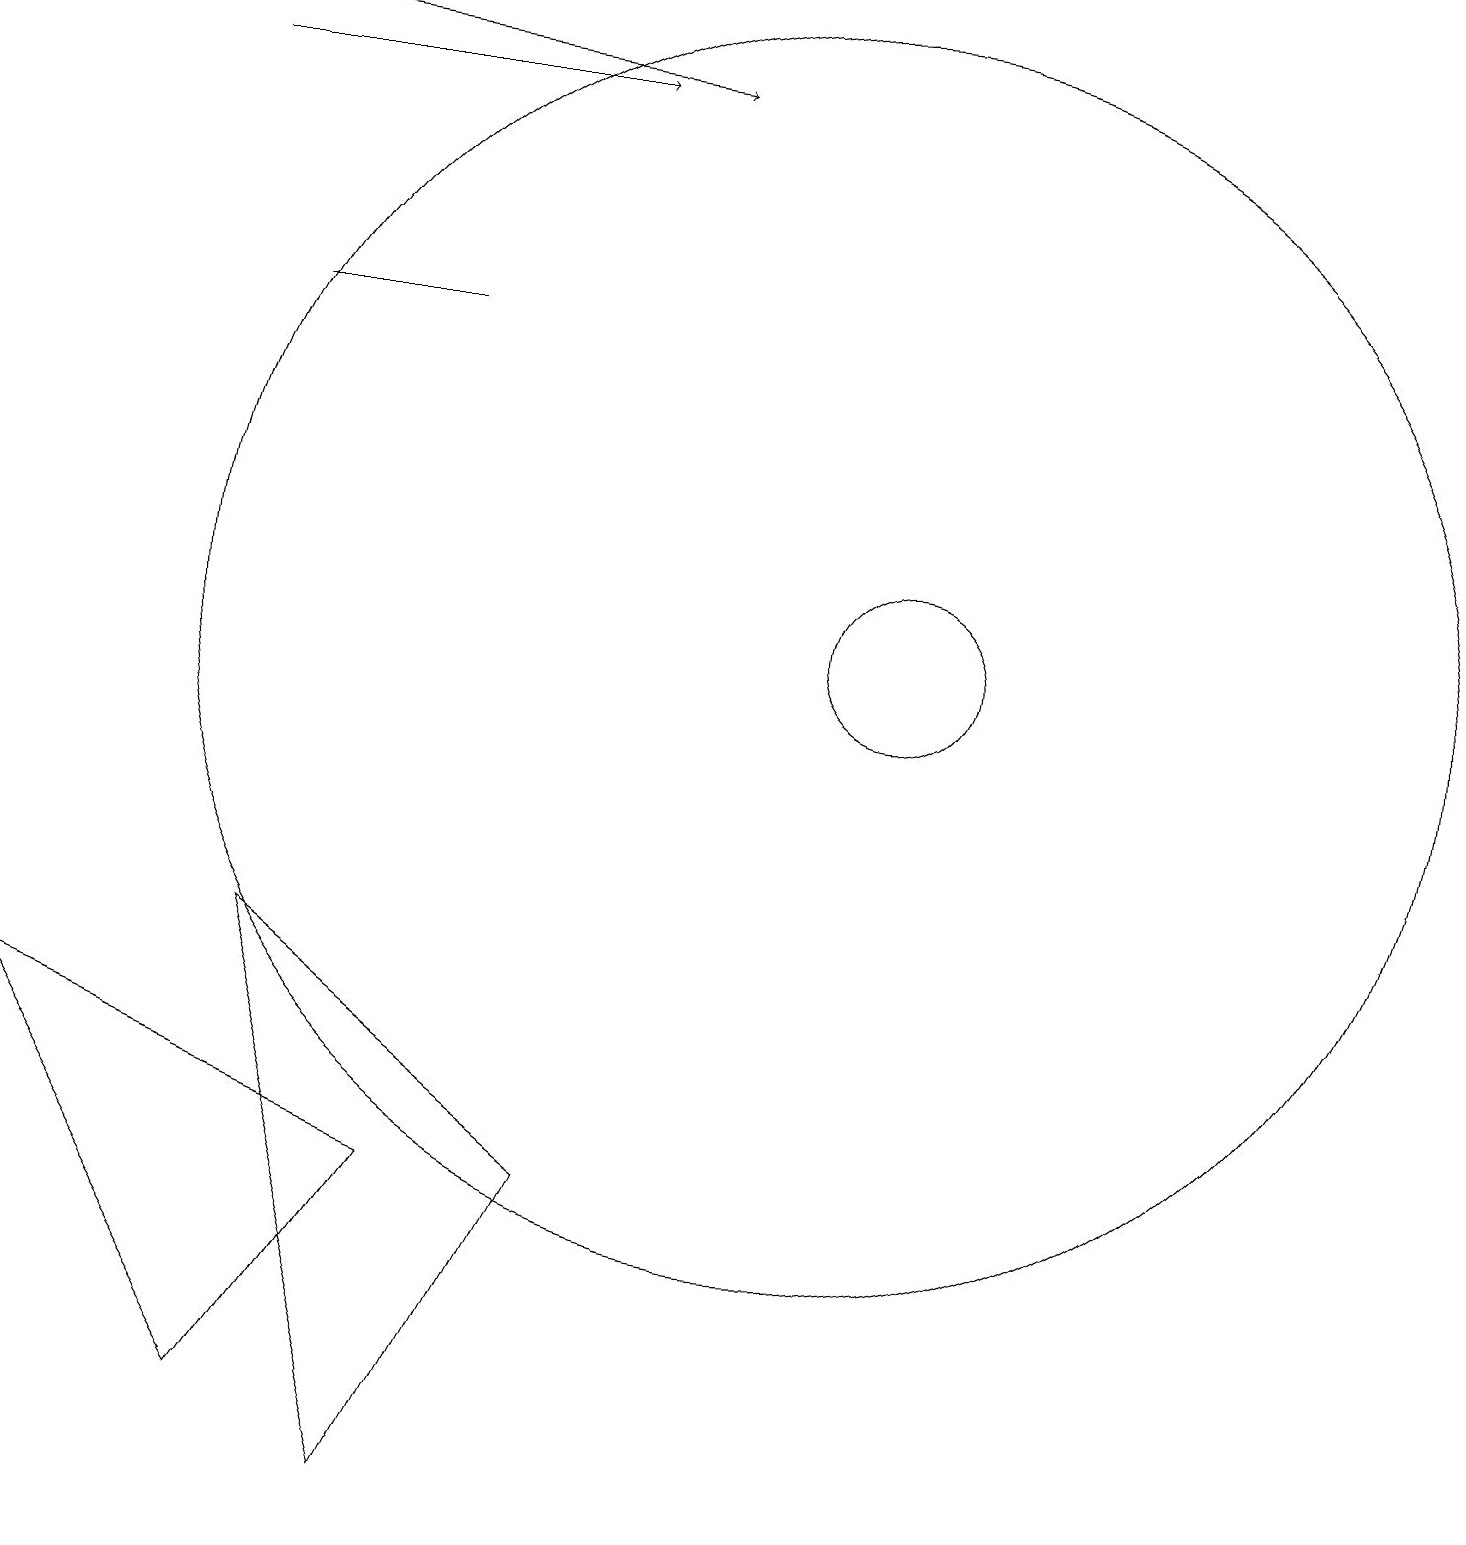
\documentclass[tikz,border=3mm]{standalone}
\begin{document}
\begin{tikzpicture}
\draw (3,7) -- (5,0) -- (7,4) -- cycle;
\draw (3,1) -- (5,4) -- (0,6) -- cycle;
\draw[->] (2,18) -- (7,18);
\draw (5,15) rectangle (3,15);
\draw[->] (0,19) -- (8,18);
\draw (10,11) circle (8);
\draw (11,11) circle (1);
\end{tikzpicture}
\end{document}